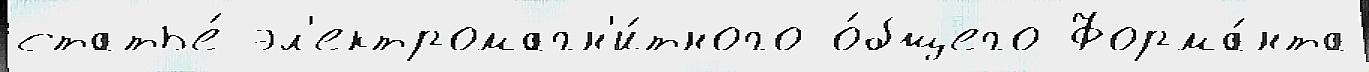
статье́ эл'ектромагн'и́тного о́бщего Форма́нта